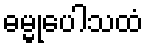
ဓမ္မုပေါသထံ